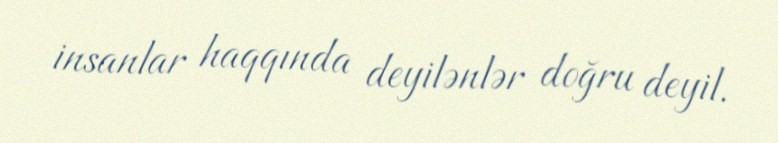
insanlar haqqında deyilənlər doğru deyil.